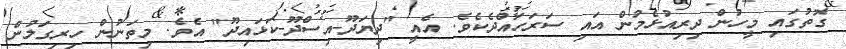
ގޮތުގައި މީހުން ދިރިއުޅެމުން އައި ސަރަހައްދެކެވެ. އެއީ "ދިޔަދޫ-އިސްދޫ-ކަޅައިދޫ" އެވެ. މިތަނުން ހިރިގަލުން